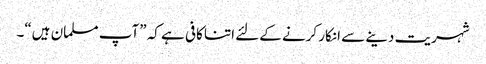
شہریت دینے سے انکار کرنے کےلئے اتنا کافی ہے کہ ”آپ مسلمان ہیں“۔